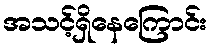
အသင့်ရှိနေကြောင်း